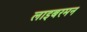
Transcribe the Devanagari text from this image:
लाइबरमन